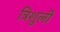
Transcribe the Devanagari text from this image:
त्रिशुली